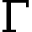
\Gamma